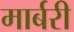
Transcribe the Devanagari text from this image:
मार्बरी